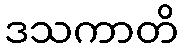
ဒသကာတိ